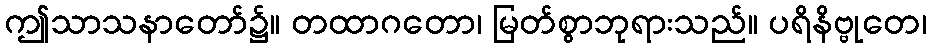
ဤသာသနာတော်၌။ တထာဂတော၊ မြတ်စွာဘုရားသည်။ ပရိနိဗ္ဗုတေ၊